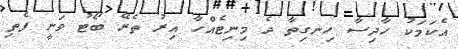
އެކަމަކު ހާދިސާ ހިނގިތާ ދެ މިނިޓެއްހާ އިރު ތެރޭ ބޯޓު ވަނީ ފެތި